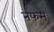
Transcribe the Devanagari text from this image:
नफस